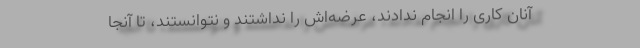
آنان کاری را انجام ندادند، عرضه‌اش را نداشتند و نتوانستند، تا آنجا